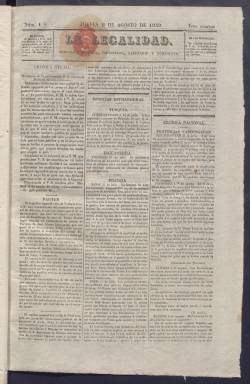
Título: La Legalidad (Madrid)
Colección: Periódicos anteriores a 1850
Ámbito geográfico: Madrid
Lugar de publicación: Madrid
Fechas: 08/08/1839-23/03/1840